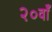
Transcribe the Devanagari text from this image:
२०वाँ